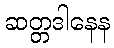
ဆတ္တဒါနေန